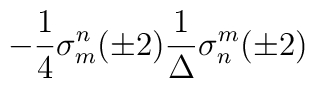
- \frac{1}{4} \sigma^n_m (\pm 2) \frac{1}{\Delta} \sigma^m_n (\pm 2)